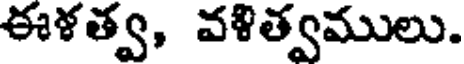
ఈళత్వ, వళిత్వములు.